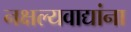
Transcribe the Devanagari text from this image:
नक्षल्यवाद्यांना